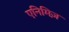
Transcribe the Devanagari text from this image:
एनिमिज़